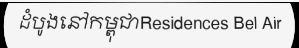
ដំបូងនៅកម្ពុជាResidences Bel Air